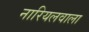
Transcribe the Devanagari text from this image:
नारियलवाला